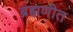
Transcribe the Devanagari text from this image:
ब्रह्मणीत